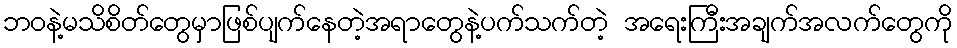
ဘဝနဲ့မသိစိတ်တွေမှာဖြစ်ပျက်နေတဲ့အရာတွေနဲ့ပက်သက်တဲ့ အရေးကြီးအချက်အလက်တွေကို